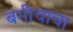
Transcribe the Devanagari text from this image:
बगीचाचा